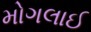
મોગલાઈ